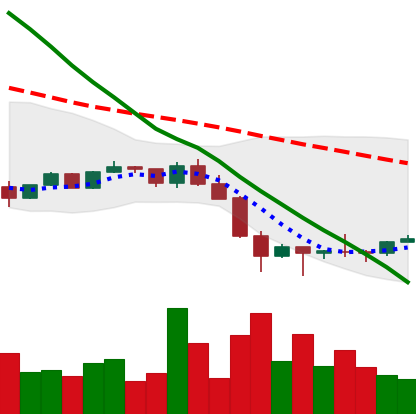
Ticker: NEO-USD
Chart end date: 2022-01-29
Forward return: 3.985%
Label: up_3_5